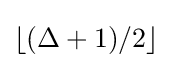
\lfloor (\Delta +1)/2\rfloor